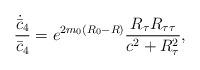
LaTeX: \begin{align*}{\dot{\bar{c}}_4\over\bar{c}_4}=e^{2m_0(R_0-R)}{{R_{\tau}R_{\tau\tau}}\over{c^2+R^2_{\tau}}},\end{align*}